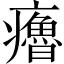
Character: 𤻼